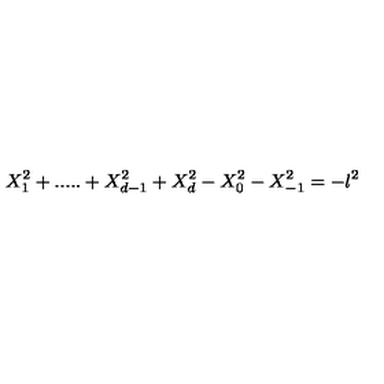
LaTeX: X _ { 1 } ^ { 2 } + . . . . . + X _ { d - 1 } ^ { 2 } + X _ { d } ^ { 2 } - X _ { 0 } ^ { 2 } - X _ { - 1 } ^ { 2 } = - l ^ { 2 }